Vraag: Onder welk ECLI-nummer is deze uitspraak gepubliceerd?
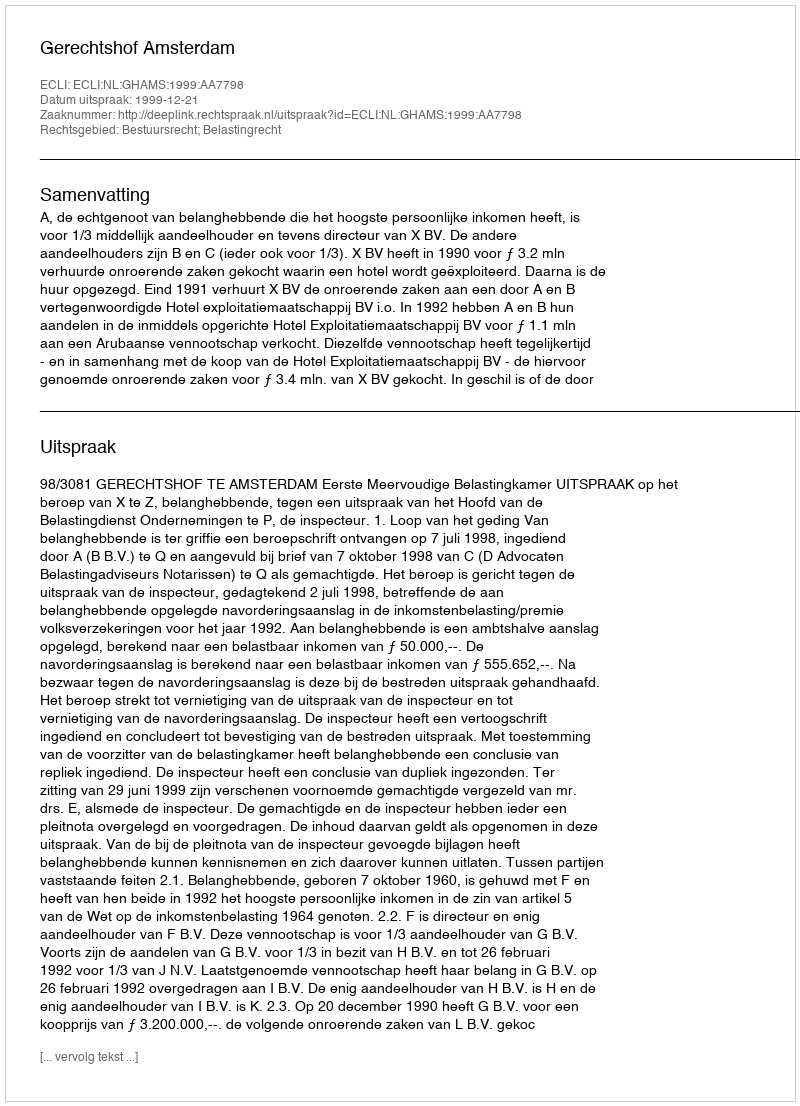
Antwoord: ECLI:NL:GHAMS:1999:AA7798